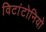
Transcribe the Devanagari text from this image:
विटांटोनियो